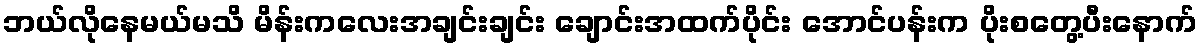
ဘယ်လိုနေမယ်မသိ မိန်းကလေးအချင်းချင်း ချောင်းအထက်ပိုင်း အောင်ပန်းက ပိုးစတွေ့ပီးနောက်